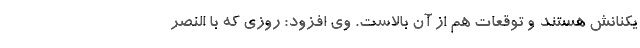
یکنانش هستند و توقعات هم از آن بالاست. وی افزود: روزی که با النصر